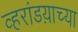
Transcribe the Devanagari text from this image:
व्हरांडय़ाच्या